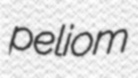
peliom